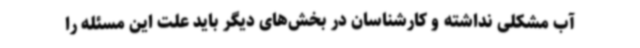
آب مشکلی نداشته و کارشناسان در بخش‌های دیگر باید علت این مسئله را